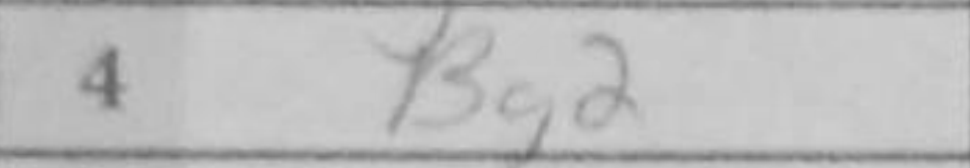
Transcription: Bg2